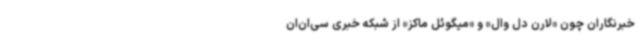
خبرنگاران چون «لارن دل وال» و «میگوئل ماکز» از شبکه خبری سی‌ان‌ان